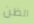
الظن